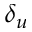
\delta _ { u }